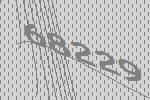
68229